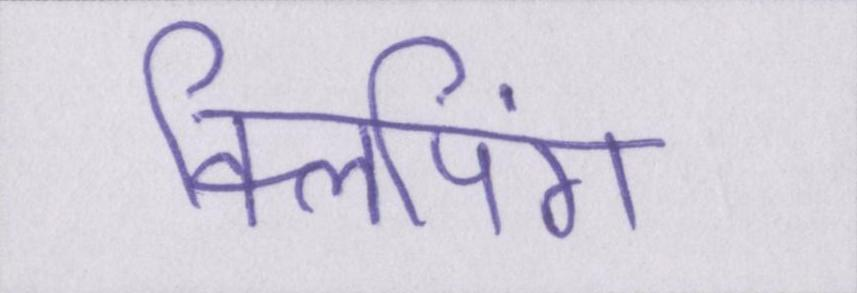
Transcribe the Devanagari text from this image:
क्लिपिंग